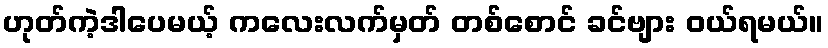
ဟုတ်ကဲ့ဒါပေမယ့် ကလေးလက်မှတ် တစ်စောင် ခင်ဗျား ဝယ်ရမယ်။